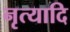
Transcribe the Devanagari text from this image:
नृत्यादि